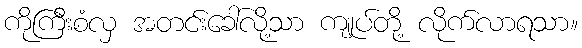
ကိုကြီးစံလှ အတင်းခေါ်လို့သာ ကျုပ်တို့ လိုက်လာရသာ။